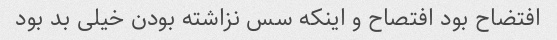
افتضاح بود افتصاح و اینکه سس نزاشته بودن خیلی بد بود